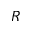
R